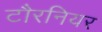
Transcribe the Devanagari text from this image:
टौरनियर